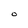
Character: O